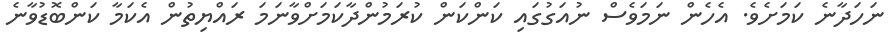
ނަހަދާނެ ކަމަށެވެ. އެހެން ނަމަވެސް ނުއަގުގައި ކަންކަން ކުރަމުންދާކަމަށްވާނަމަ ރައްޔިތުން އެކަމާ ކަންބޮޑުވާނެ